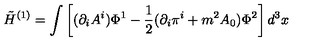
\tilde { H } ^ { ( 1 ) } = \int \left[ ( \partial _ { i } A ^ { i } ) \Phi ^ { 1 } - \frac { 1 } { 2 } ( \partial _ { i } \pi ^ { i } + m ^ { 2 } A _ { 0 } ) \Phi ^ { 2 } \right] d ^ { 3 } x